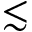
\lesssim